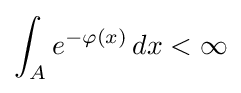
\int _{A}e^{-\varphi (x)}\,dx<\infty